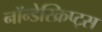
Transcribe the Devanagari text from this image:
नॉन्डेस्क्रिप्ट्स